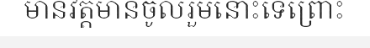
មានវត្តមានចូលរួមនោះទេព្រោះ